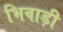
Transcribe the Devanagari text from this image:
भिवाड़ी